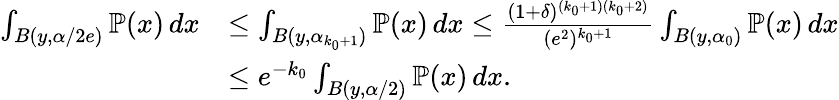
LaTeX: \begin{array}{rl}{\int_{B(y,\alpha/2e)}\mathbb{P}(x)\, dx}&{\leq\int_{B(y,\alpha_{k_{0}+1})}\mathbb{P}(x)\, dx\leq\frac{(1+\delta)^{(k_{0}+1)(k_{0}+2)}}{(e^{2})^{k_{0}+1}}\int_{B(y,\alpha_{0})}\mathbb{P}(x)\, dx}\\ &{\leq e^{-k_{0}}\int_{B(y,\alpha/2)}\mathbb{P}(x)\, dx.}\end{array}